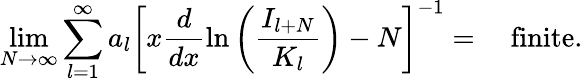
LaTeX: \operatorname*{lim}_{N\rightarrow\infty}\sum_{l=1}^{\infty}a_{l}\left[x\displaystyle\frac{d}{dx}\ln\left(\displaystyle\frac{I_{l+N}}{K_{l}}\right)-N\right]^{-1}=\quad\mathrm{finite}.